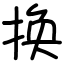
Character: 换